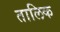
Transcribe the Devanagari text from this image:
तालिक